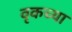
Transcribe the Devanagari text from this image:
वृकच्या